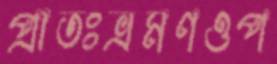
প্রাতঃভ্রমণওপ